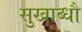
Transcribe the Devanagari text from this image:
सुखाब्धौ